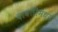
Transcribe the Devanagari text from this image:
दावतींमध्ये